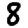
Digit: 8